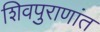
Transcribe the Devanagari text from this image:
शिवपुराणांत